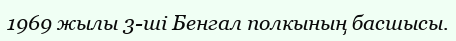
1969 жылы 3-ші Бенгал полкының басшысы.